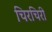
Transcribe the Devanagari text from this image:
चिरचिरी